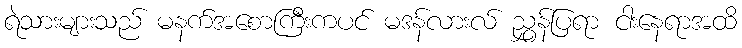
ရဲသားများသည် မနက်အစောကြီးကပင် မဒန်လားလ် ညွှန်ပြရာ ငါးနေရာအထိ